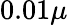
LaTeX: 0.01\mu